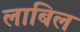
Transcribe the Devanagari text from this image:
लाबिल